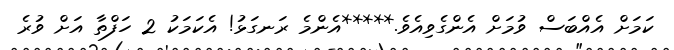
ކަމަށް އެއްބަސް ވުމަށް އެންގެވިއެވެ.*****އެންމެ ރަނގަޅު! އެކަމަކު 2 ހަފްތާ އަށް ވުރެ